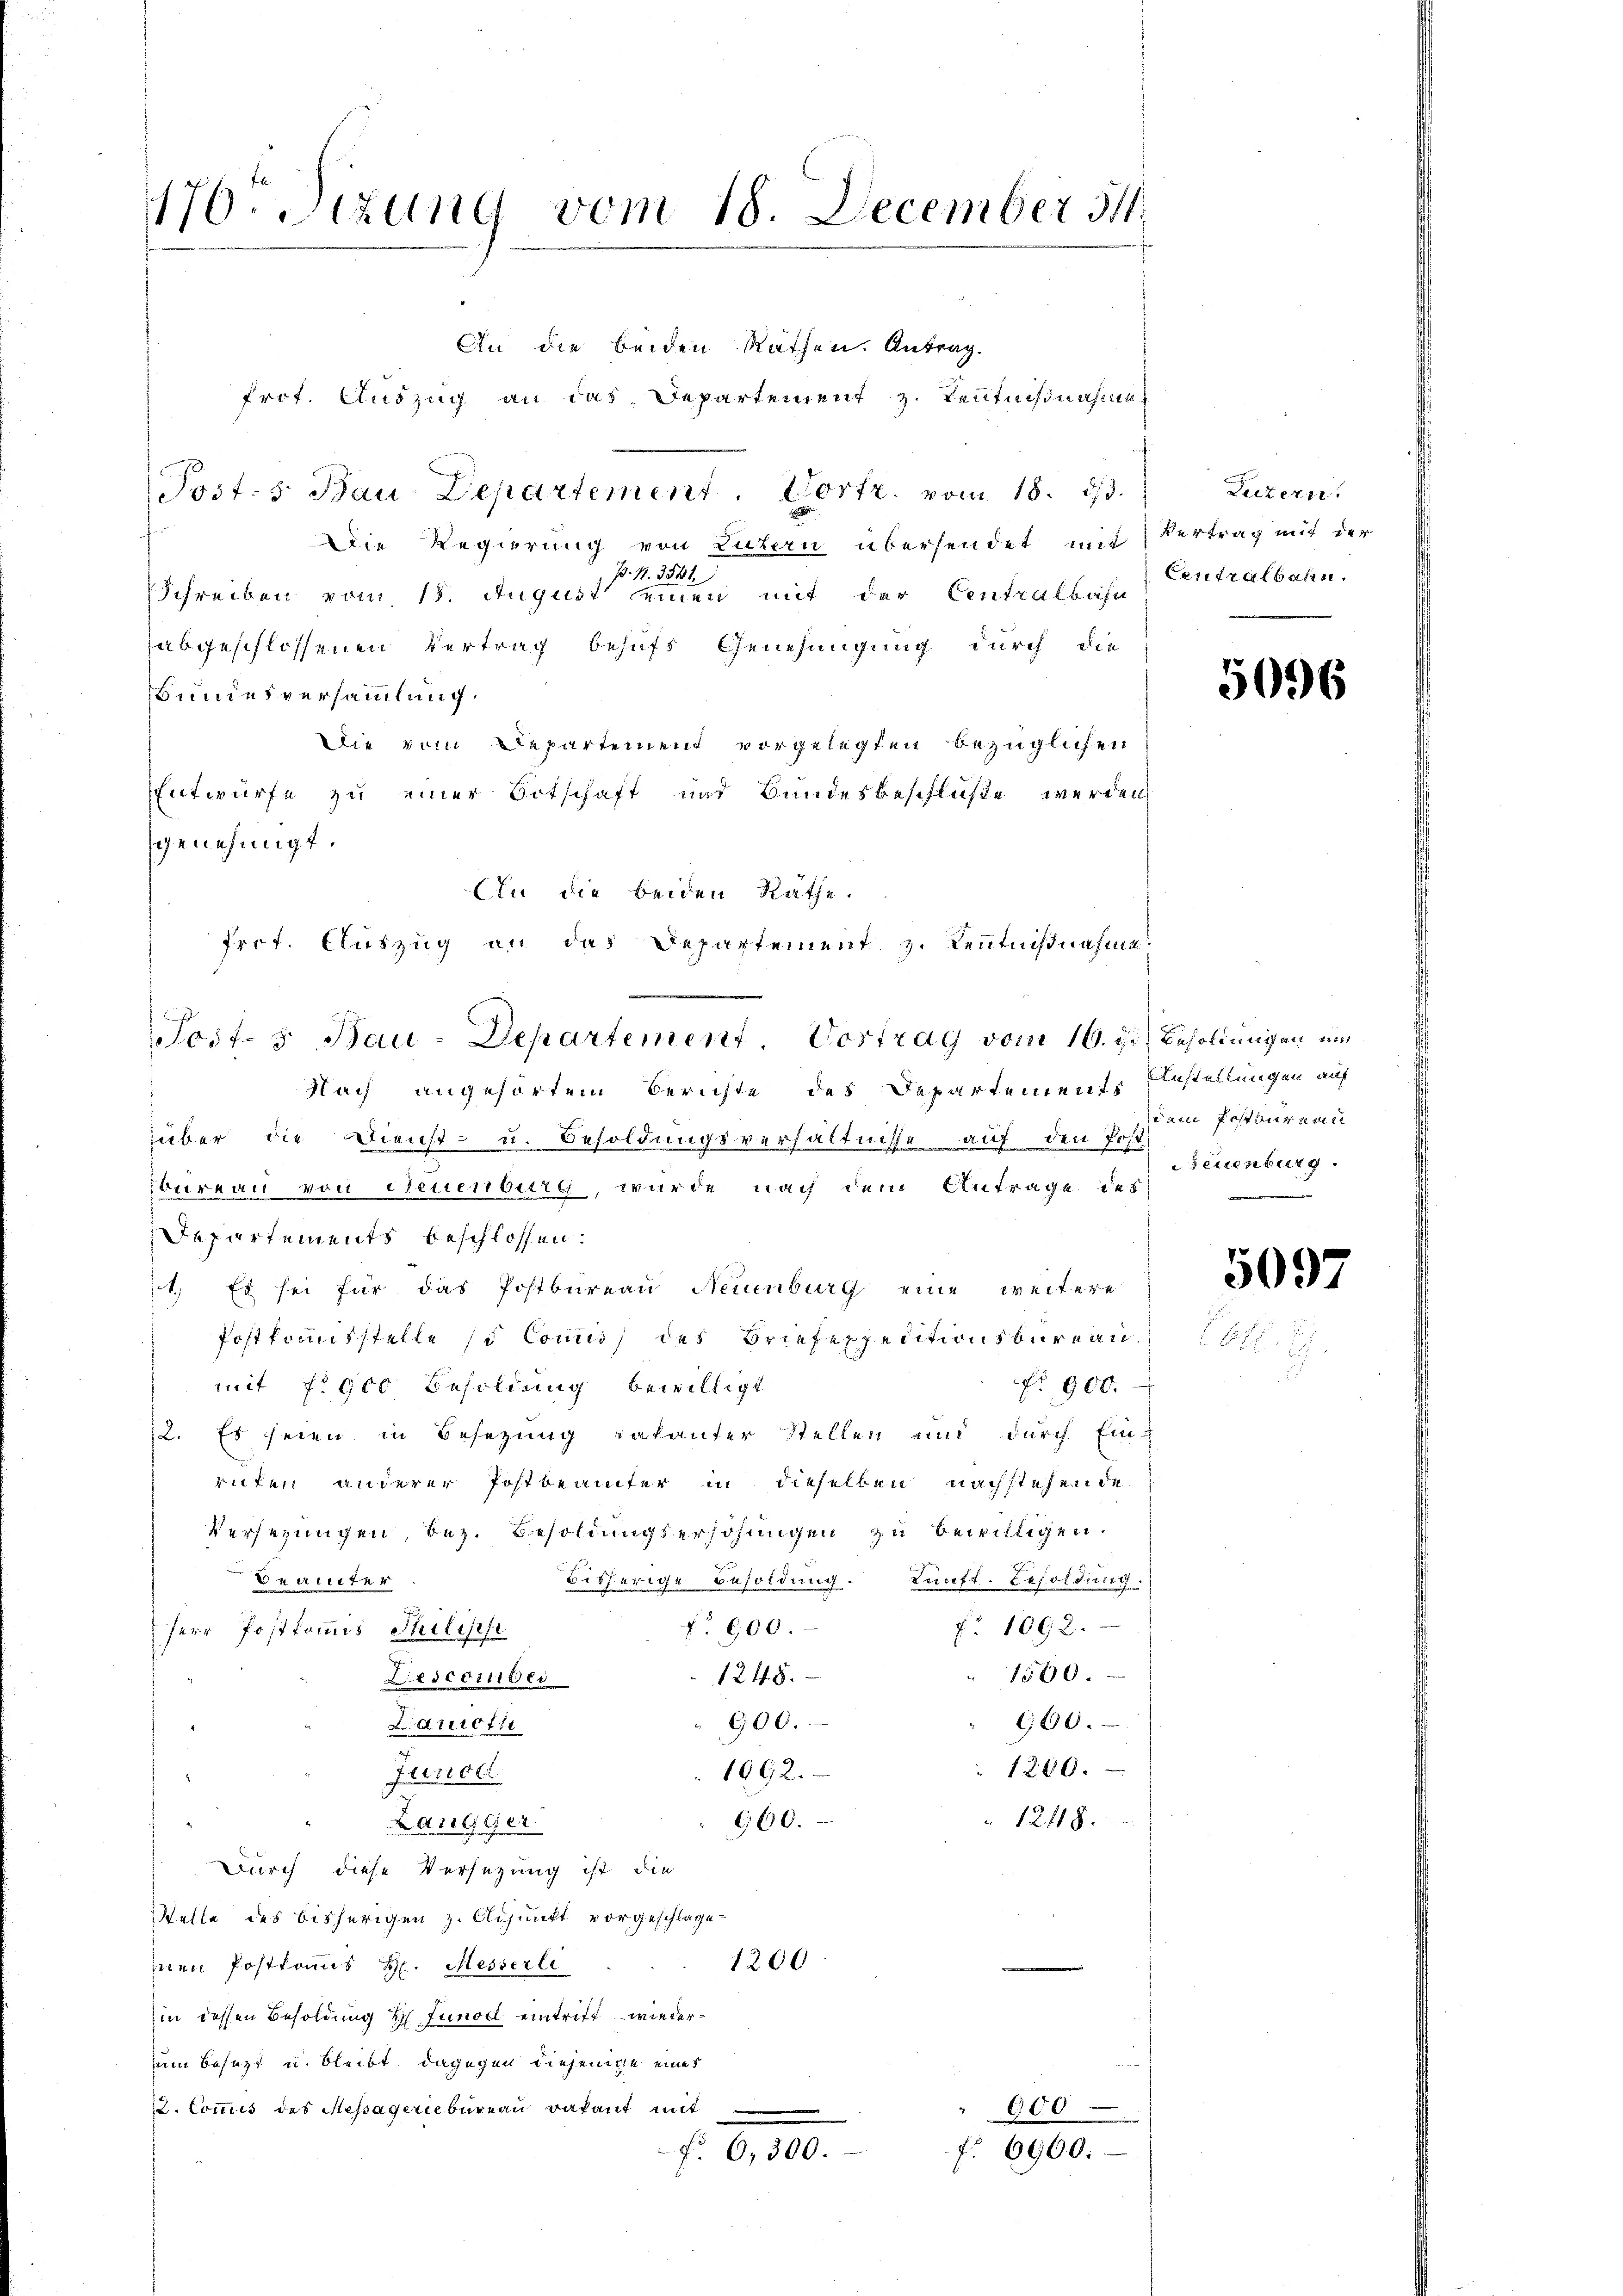
176. Sizung vom 18. December 31.

Posts Bau-Departement. Portr. vom 18. ds.

An die beiden Rathe.
frot. Auszug an das Departement z. Kenntnißnahme.
Post- & Bau-Departement Vortrag vom 16. ds. Besoldungen um
Nach angehörtem Berichte des Departements Bestellungen auf

In die beiden Räthen. Antrag.
frot. Auszug an das Departement z. Tentnißnahmen
Die Regierung von Luzern übersendet mit Vertrag mit der
P. Nr. 3531.
Schreiben vom 18. August einen mit der Centralbahn
abgeschlossenen Vertrag behufs Genehmigung durch die
Bundesversammlung.
Die vom Departement vorgelegten bezüglichen
Entwurfe zu einer Ortschaft und Bundesbeschluße werden
genehmigt.
über die Dienst- u. Besoldungsverhältnisse auf den Post
bureau von Neuenburg, wurde nach dem Antrage des
Departements beschlossen:
1. Es sei für das Postbureau Neuenburg eine weitere
Postkrausstelle si conti, des Briefeppentionsbergan¬
N. 900.
mit 72900 Besoldung bewilligt
72. Es seien in Besetzung ratanter Stellen und durch Ein-
rufen anderer Postbeamter in dieselben nachstehende
Versezungen, bez. Besoldungserhöhungen zu bewilligen.
Bauter
bisherige Besoldung. Künft. Besoldung.
o 1092.
f. 600.
Herr Postkommis Philische
1500.
1248.
Descember
600.
900.
Larriethe
1200.
1062.
Junde
1248.
960.
Laugger
Durch diese Versezung ist die
sstelle des bisherigen z. Adjunkt vorgeschlage-
1200
e
inen Postkommis H. Messerli
hin dessen Besoldung 2 Junod eintrift wiederum besezt u. bleibt, dagegen diejenige eines
2. Commis des Messägeriebureau vakant mit
900
f. 6900.
f. 6,300.

Luzern.
Centralbahn.

5096

dem Postournau
reuenburg.

5097